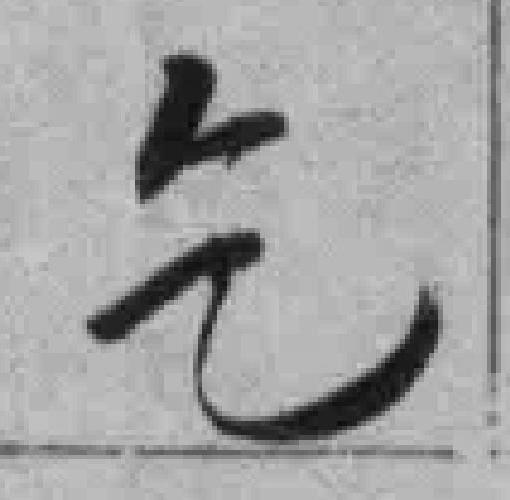
乞